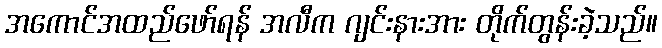
အကောင်အထည်ဖော်ရန် အလီက ဂျင်းနားအား တိုက်တွန်းခဲ့သည်။